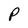
Character: P